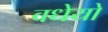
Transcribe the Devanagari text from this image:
वधेयो